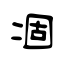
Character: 凅